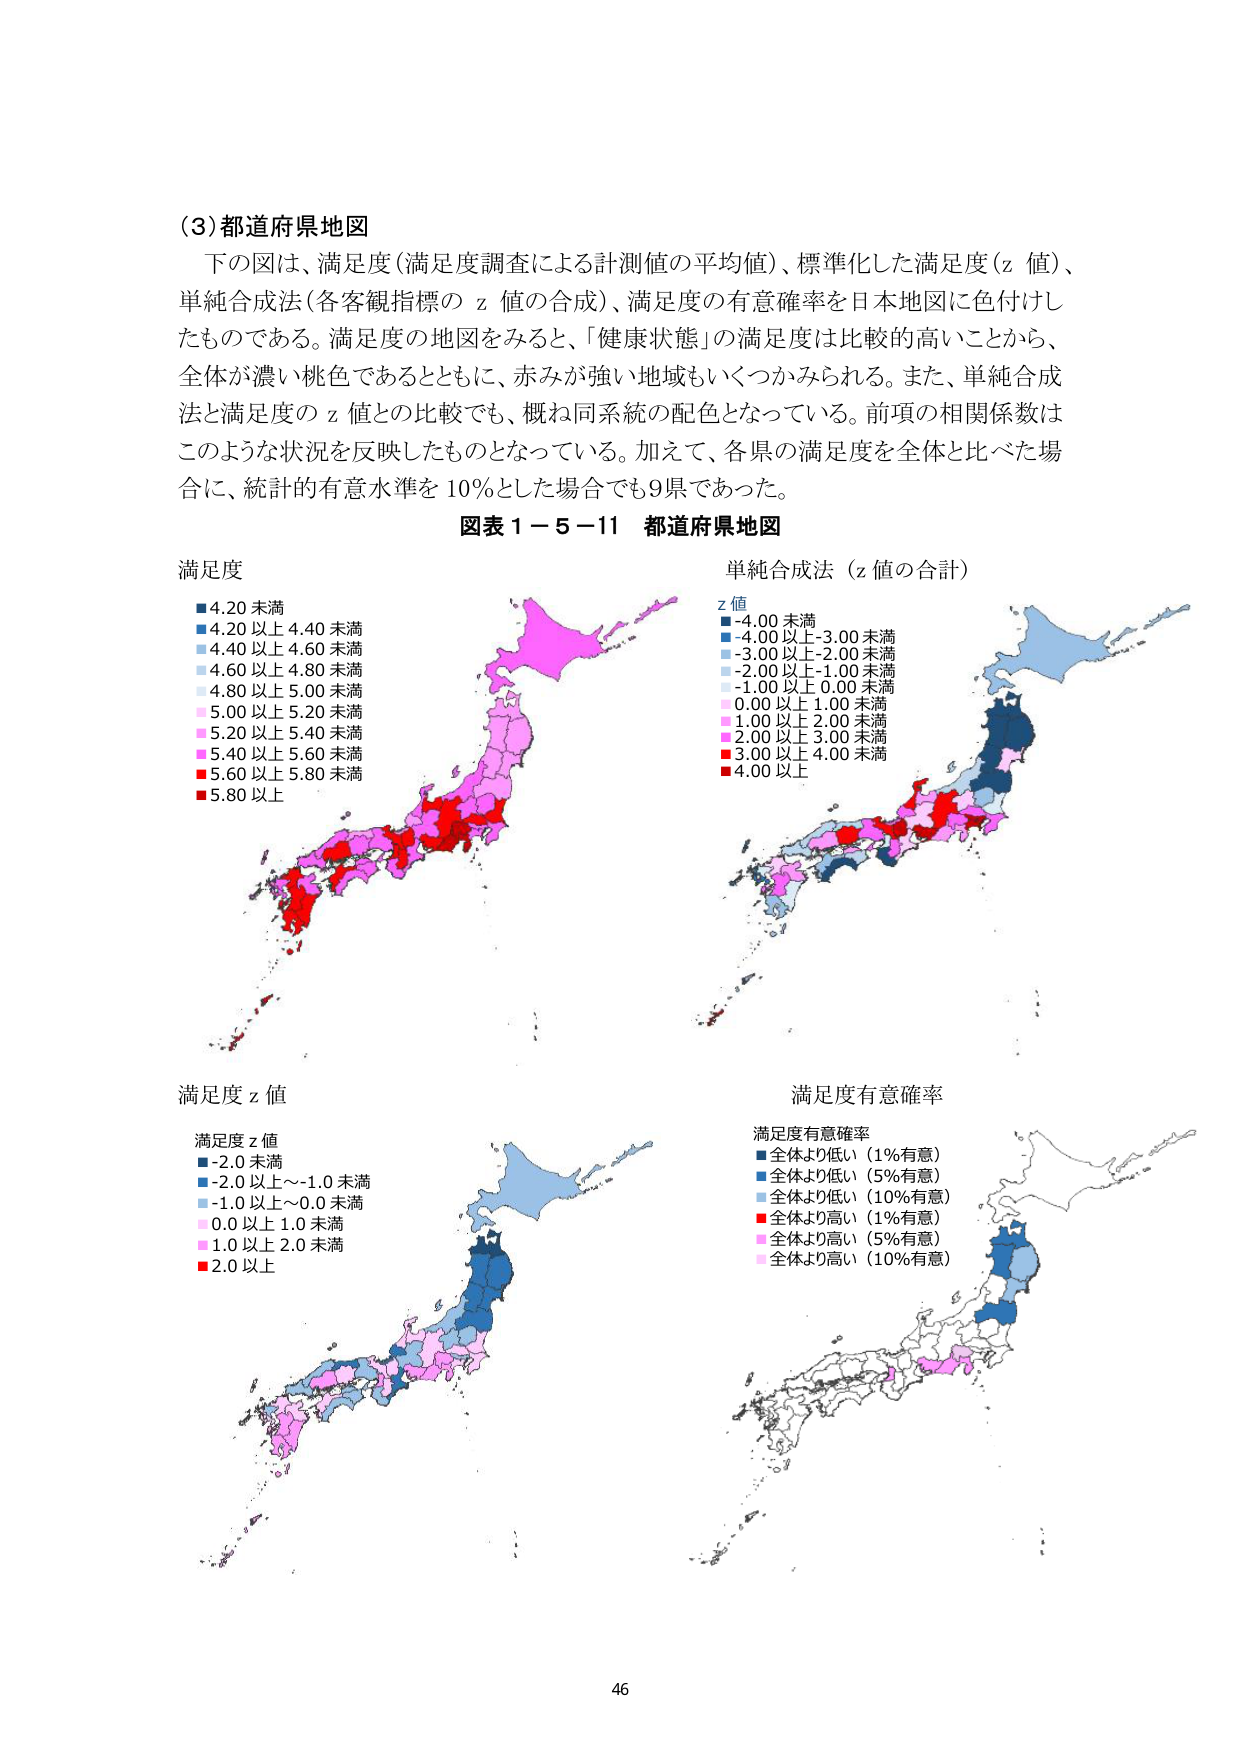
(3) 都道府県地図
下の図は、満足度（満足度調査による計測値の平均値）、標準化した満足度（z 値）、単純合成法（各客観指標の z 値の合成）、満足度の有意確率を日本地図に色付けしたものである。満足度の地図をみると、「健康状態」の満足度は比較的高いことから、全体が濃い桃色であるとともに、赤みが強い地域もいくつかみられる。また、単純合成法と満足度の z 値との比較でも、概ね同系統の配色となっている。前項の相関係数はこのような状況を反映したものとなっている。加えて、各県の満足度を全体と比べた場合に、統計的有意水準を 10％とした場合でも9県であった。

図表 1－5－11 都道府県地図

満足度
■ 4.20 未満
■ 4.20 以上 4.40 未満
■ 4.40 以上 4.60 未満
■ 4.60 以上 4.80 未満
■ 4.80 以上 5.00 未満
■ 5.00 以上 5.20 未満
■ 5.20 以上 5.40 未満
■ 5.40 以上 5.60 未満
■ 5.60 以上 5.80 未満
■ 5.80 以上

単純合成法（z 値の合計）
z 値
■ -4.00 未満
■ -4.00 以上 -3.00 未満
■ -3.00 以上 -2.00 未満
■ -2.00 以上 -1.00 未満
■ -1.00 以上 0.00 未満
■ 0.00 以上 1.00 未満
■ 1.00 以上 2.00 未満
■ 2.00 以上 3.00 未満
■ 3.00 以上 4.00 未満
■ 4.00 以上

満足度 z 値
満足度 z 値
■ -2.0 未満
■ -2.0 以上～-1.0 未満
■ -1.0 以上～0.0 未満
■ 0.0 以上 1.0 未満
■ 1.0 以上 2.0 未満
■ 2.0 以上

満足度有意確率
満足度有意確率
■ 全体より低い（1％有意）
■ 全体より低い（5％有意）
■ 全体より低い（10％有意）
■ 全体より高い（1％有意）
■ 全体より高い（5％有意）
■ 全体より高い（10％有意）

46